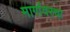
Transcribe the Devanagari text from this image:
मार्गावरचा